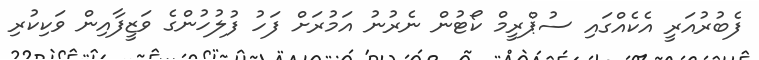
ފެބުރުއަރީ އެކެއްގައި ސުޕްރީމް ކޯޓުން ނެރުނު އަމުރަށް ފަހު ފުލުހުންގެ ވަޒީފާއިން ވަކިކުރި